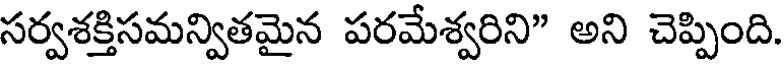
సర్వశక్తిసమన్వితమైన పరమేశ్వరిని" అని చెప్పింది.